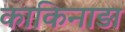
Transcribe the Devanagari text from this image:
काकिनाड़ा